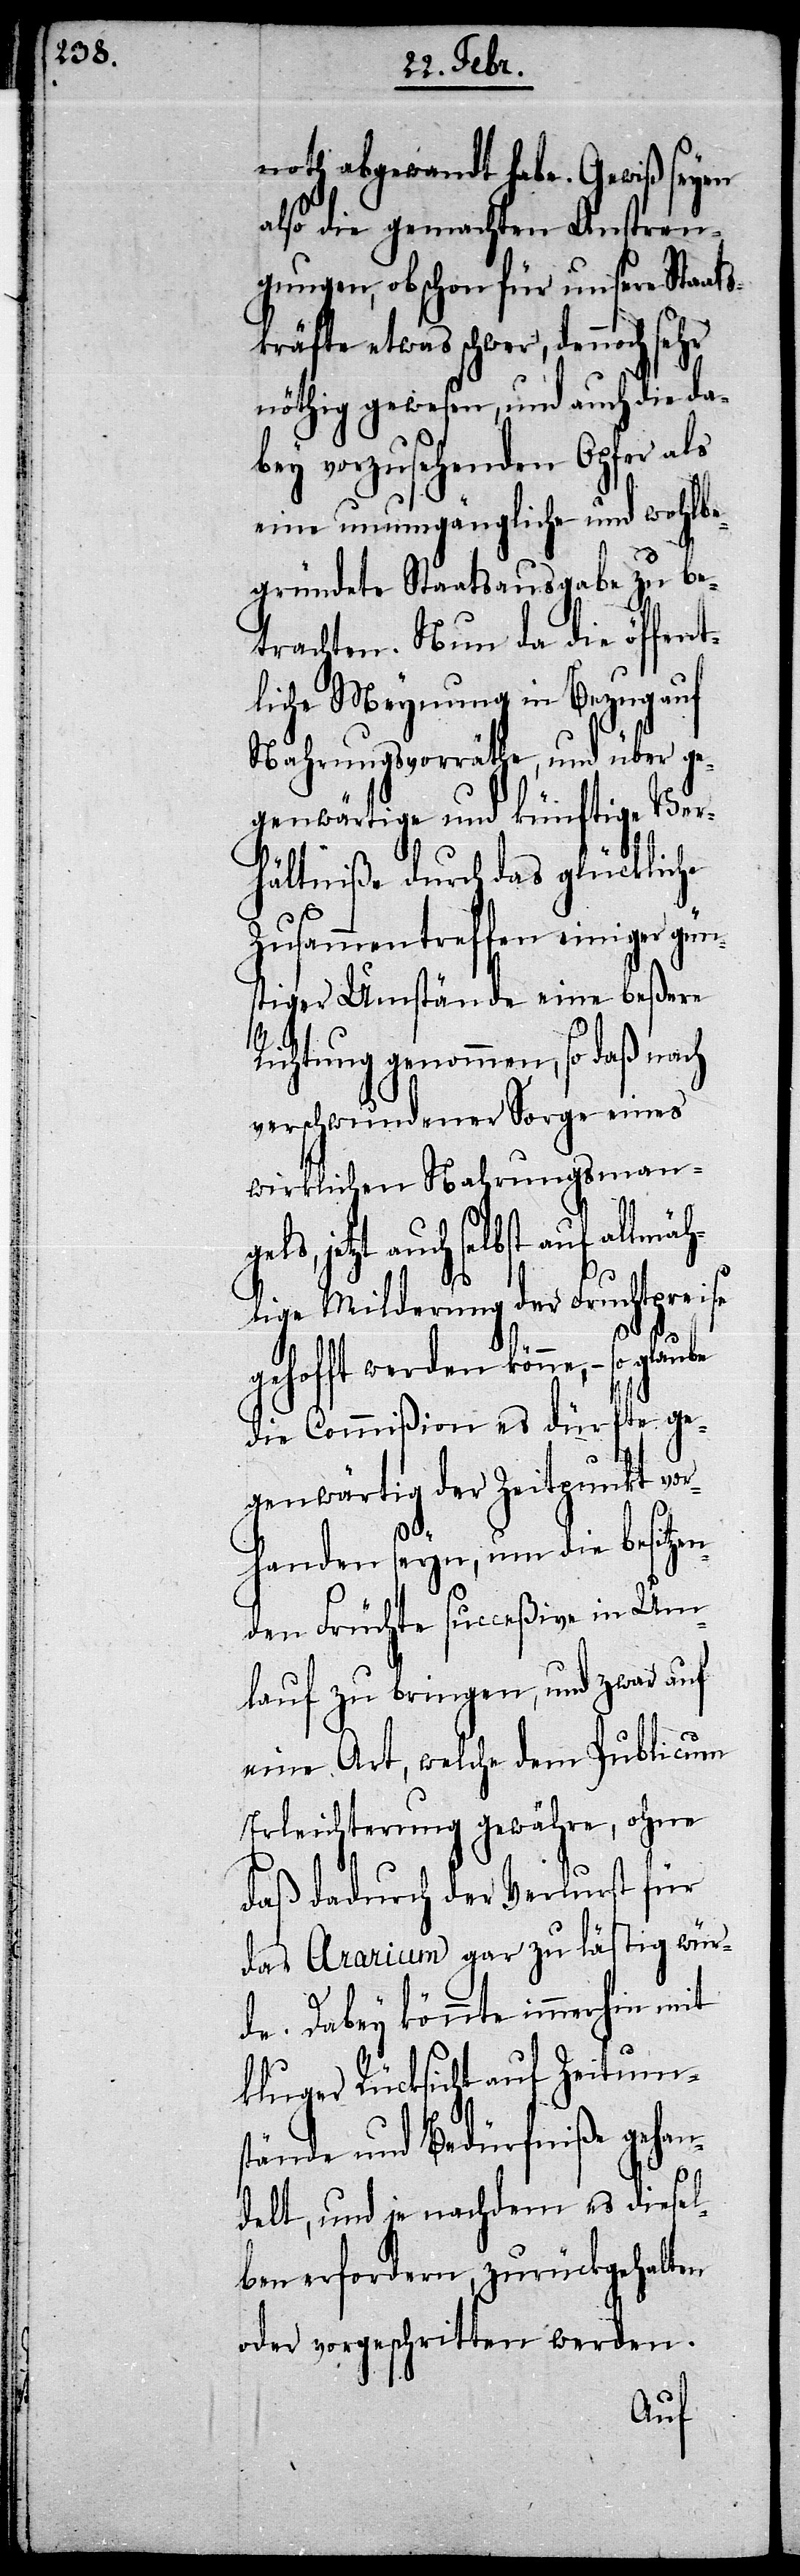
noth abgewandt habe. Gewiß seyen
also die gemachten Anstren¬
gungen, obschon für unsere Staats¬
kräfte etwas schwer, dennoch
nöthig gewesen, und auch die da¬
bey vorzusehenden Opfer als
eine unumgängliche und wohlbe¬
gründete Staatsausgabe zu be¬
trachten. Nun da die öffent¬
liche Meynung in Bezug auf
Nahrungsvorräthe, und über ge¬
genwärtige und künftige Ver¬
hältniße durch das glückliche
Zusammentreffen einiger gün¬
stiger Umstände eine beßere
Richtung genommen, so daß
verschwundener Sorge eines
wirklichen Nahrungsman¬
selbst auf allmäh¬
lige Milderung der Fruchtpreise
gehofft werden könne, – so
die Commißion es dürfte ge¬
genwärtig der Zeitpunkt vor¬
handen seyn, um die besitzen¬
den Früchte succeßive in Um¬
lauf zu bringen, und zwar auf
eine Art, welche dem Publicum
Erleichterung gewähre, ohne
daß dadurch der Verlurst für
das Ararium gar zu lästig wür¬
de. Dabey könnte immerhin mit
kluger Rücksicht auf Zeitum¬
stände und Bedürfniße gehan¬
delt, und je nachdem es diesel¬
ben erfordern, zurückgehalten
oder vorgeschritten werden.